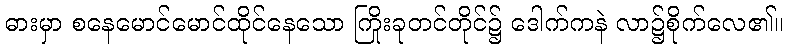
ဓားမှာ စနေမောင်မောင်ထိုင်နေသော ကြိုးခုတင်တိုင်၌ ဒေါက်ကနဲ လာ၌စိုက်လေ၏။